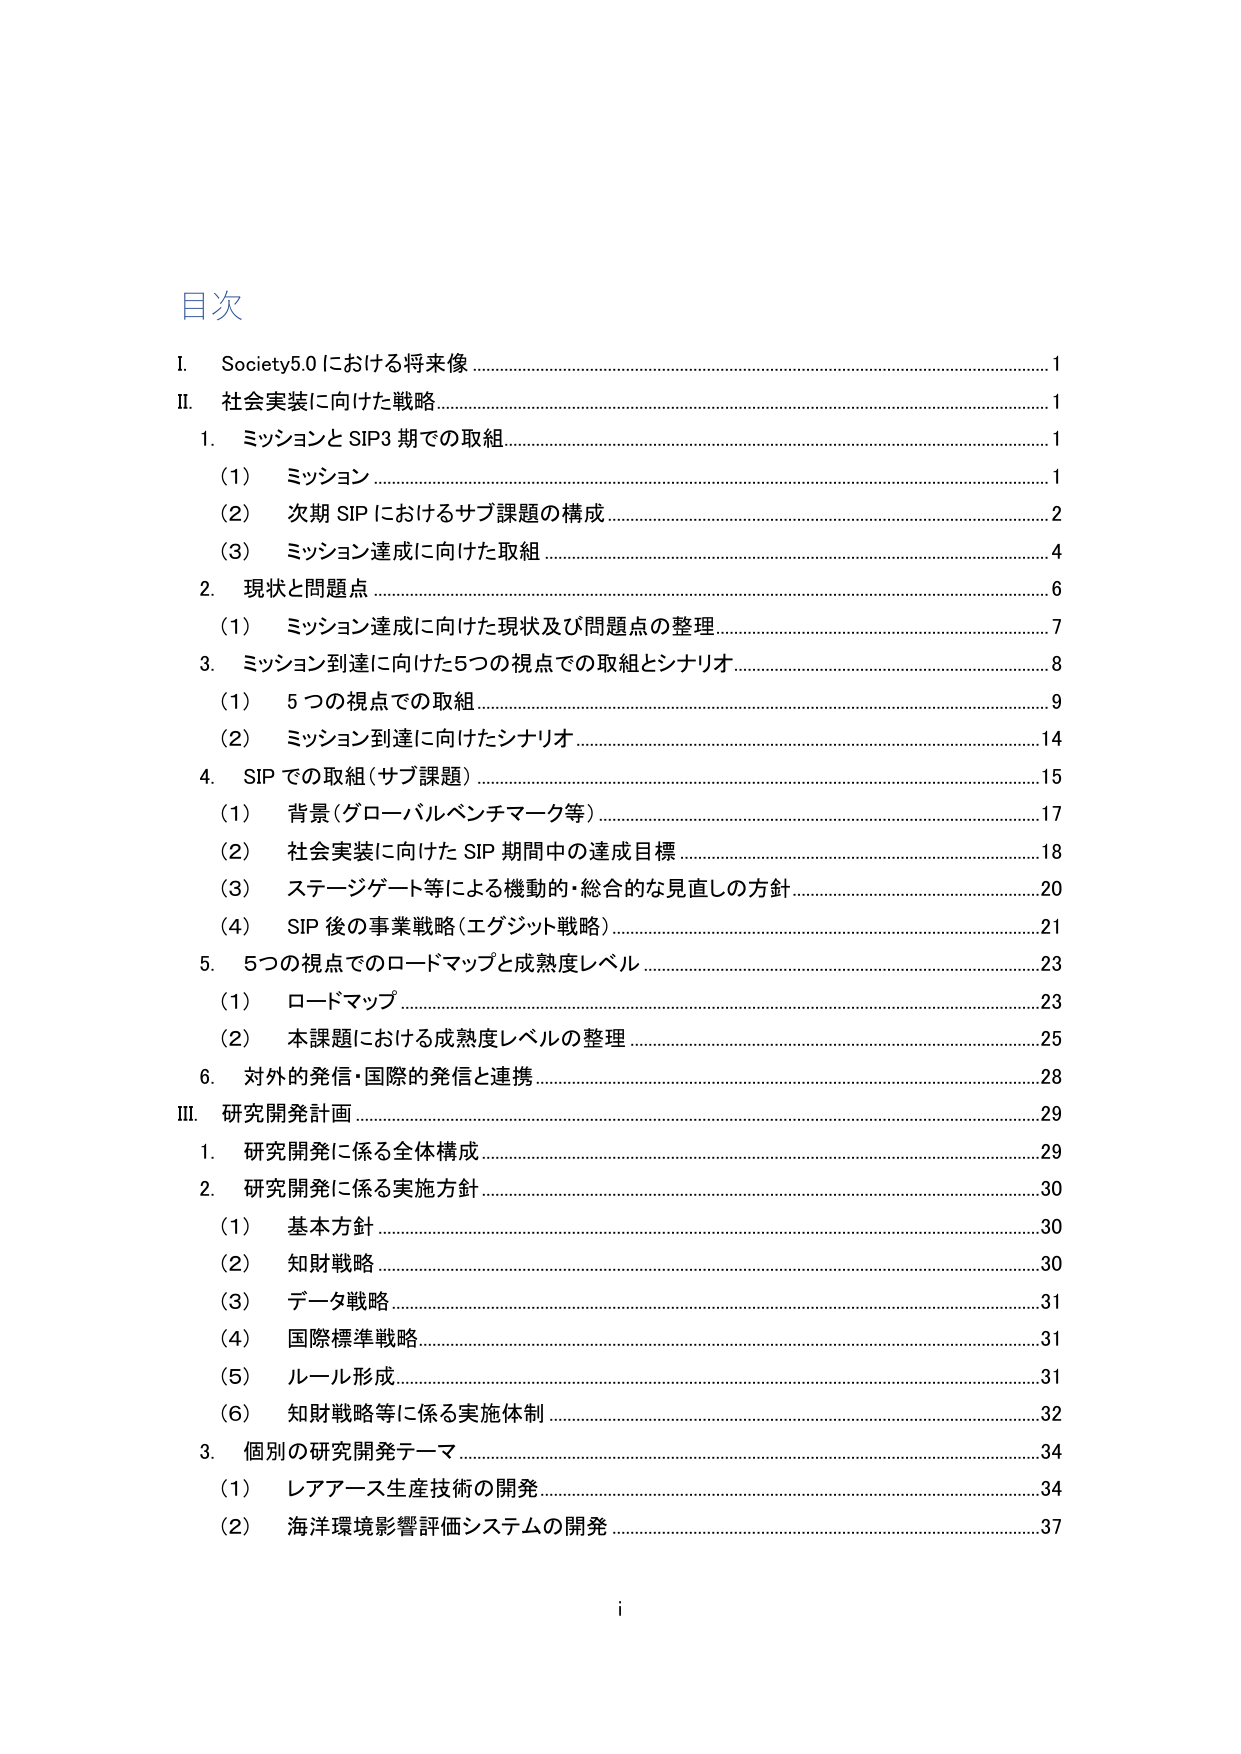
目次

I. Society5.0 における将来像 ……………………………………………………………… 1
II. 社会実装に向けた戦略 ………………………………………………………………… 1
　1. ミッションと SIP3 期での取組 …………………………………………………… 1
　　(1) ミッション ………………………………………………………………………… 1
　　(2) 次期 SIP におけるサブ課題の構成 …………………………………………… 2
　　(3) ミッション達成に向けた取組 ………………………………………………… 4
　2. 現状と問題点 ………………………………………………………………………… 6
　　(1) ミッション達成に向けた現状及び問題点の整理 …………………………… 7
　3. ミッション到達に向けた5つの視点での取組とシナリオ ……………………… 8
　　(1) 5つの視点での取組 ……………………………………………………………… 9
　　(2) ミッション到達に向けたシナリオ …………………………………………… 14
　4. SIP での取組（サブ課題） ………………………………………………………… 15
　　(1) 背景（グローバルベンチマーク等） ………………………………………… 17
　　(2) 社会実装に向けた SIP 期間中の達成目標 ………………………………… 18
　　(3) ステージゲート等による機動的・総合的な見直しの方針 ………………… 20
　　(4) SIP 後の事業戦略（エグジット戦略） ……………………………………… 21
　5. 5つの視点でのロードマップと成熟度レベル …………………………………… 23
　　(1) ロードマップ …………………………………………………………………… 23
　　(2) 本課題における成熟度レベルの整理 ………………………………………… 25
　6. 対外的発信・国際的発信と連携 ………………………………………………… 28
III. 研究開発計画 ………………………………………………………………………… 29
　1. 研究開発に係る全体構成 ………………………………………………………… 29
　2. 研究開発に係る実施方針 ………………………………………………………… 30
　　(1) 基本方針 ………………………………………………………………………… 30
　　(2) 知財戦略 ………………………………………………………………………… 30
　　(3) データ戦略 ……………………………………………………………………… 31
　　(4) 国際標準戦略 …………………………………………………………………… 31
　　(5) ルール形成 ……………………………………………………………………… 31
　　(6) 知財戦略等に係る実施体制 ………………………………………………… 32
　3. 個別の研究開発テーマ …………………………………………………………… 34
　　(1) レアアース生産技術の開発 …………………………………………………… 34
　　(2) 海洋環境影響評価システムの開発 …………………………………………… 37

i